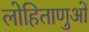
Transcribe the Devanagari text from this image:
लोहिताणुओं